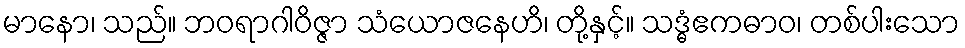
မာနော၊ သည်။ ဘဝရာဂါဝိဇ္ဇာ သံယောဇနေဟိ၊ တို့နှင့်။ သဒ္ဓံဧကဓာဝ၊ တစ်ပါးသော